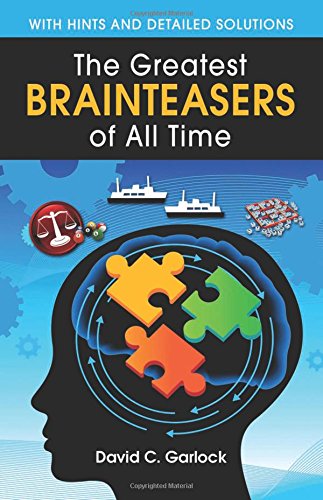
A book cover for The Greatest Brainteasers of All Time; David C. Garlock; Humor & Entertainment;